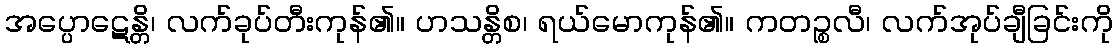
အပ္ပောဋေန္တိ၊ လက်ခုပ်တီးကုန်၏။ ဟသန္တိစ၊ ရယ်မောကုန်၏။ ကတဉ္စလီ၊ လက်အုပ်ချီခြင်းကို